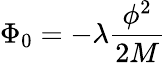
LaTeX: \Phi_{0}=-\lambda\frac{\phi^{2}}{2M}